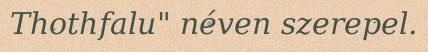
Thothfalu" néven szerepel.